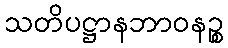
သတိပဋ္ဌာနဘာဝနဉ္စ